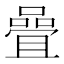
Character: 𡀉